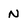
Character: n